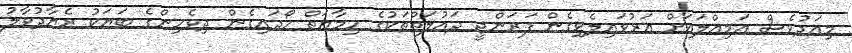
މިއަދުވެސް އަމިއްލައަށް އަރުވައިލެވިގެން ފަރަންޖީ ދައުލަތްތަކުގެ ހިމާޔަތް ހޯދައިގެން ދިވެހިންގެ ބަޔަކު ރެޔާދުވާލު